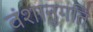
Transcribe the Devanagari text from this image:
वंशानुगति